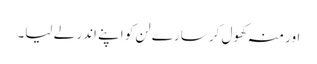
اور منہ کھول کر سارے لن کو اپنے اندر لے لیا۔